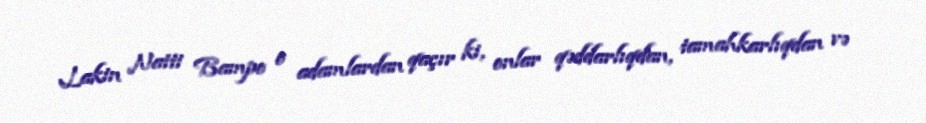
Lakin Natti Bampo o adamlardan qaçır ki, onlar qəddarlıqdan, tamahkarlıqdan və